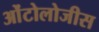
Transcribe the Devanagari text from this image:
ओंटोलोजीस